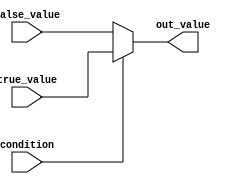
module conditional_operator_assignment (
    input wire condition,         // Boolean condition input
    input wire [7:0] true_value, // Value assigned if condition is true
    input wire [7:0] false_value, // Value assigned if condition is false
    output reg [7:0] out_value    // Output variable
);

// Behavioral block using the conditional operator
always @(*) begin
    out_value = condition ? true_value : false_value;
end

endmodule